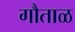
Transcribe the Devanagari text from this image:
गौताळ